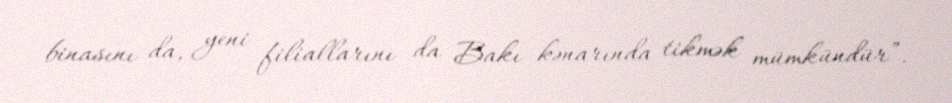
binasını da, yeni filiallarını da Bakı kənarında tikmək mümkündür”.